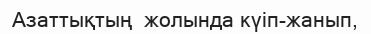
Азаттықтың  жолында күіп-жанып,